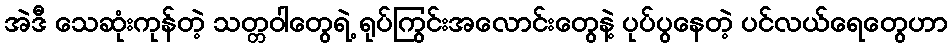
အဲဒီ သေဆုံးကုန်တဲ့ သတ္တဝါတွေရဲ့ ရုပ်ကြွင်းအလောင်းတွေနဲ့ ပုပ်ပွနေတဲ့ ပင်လယ်ရေတွေဟာ